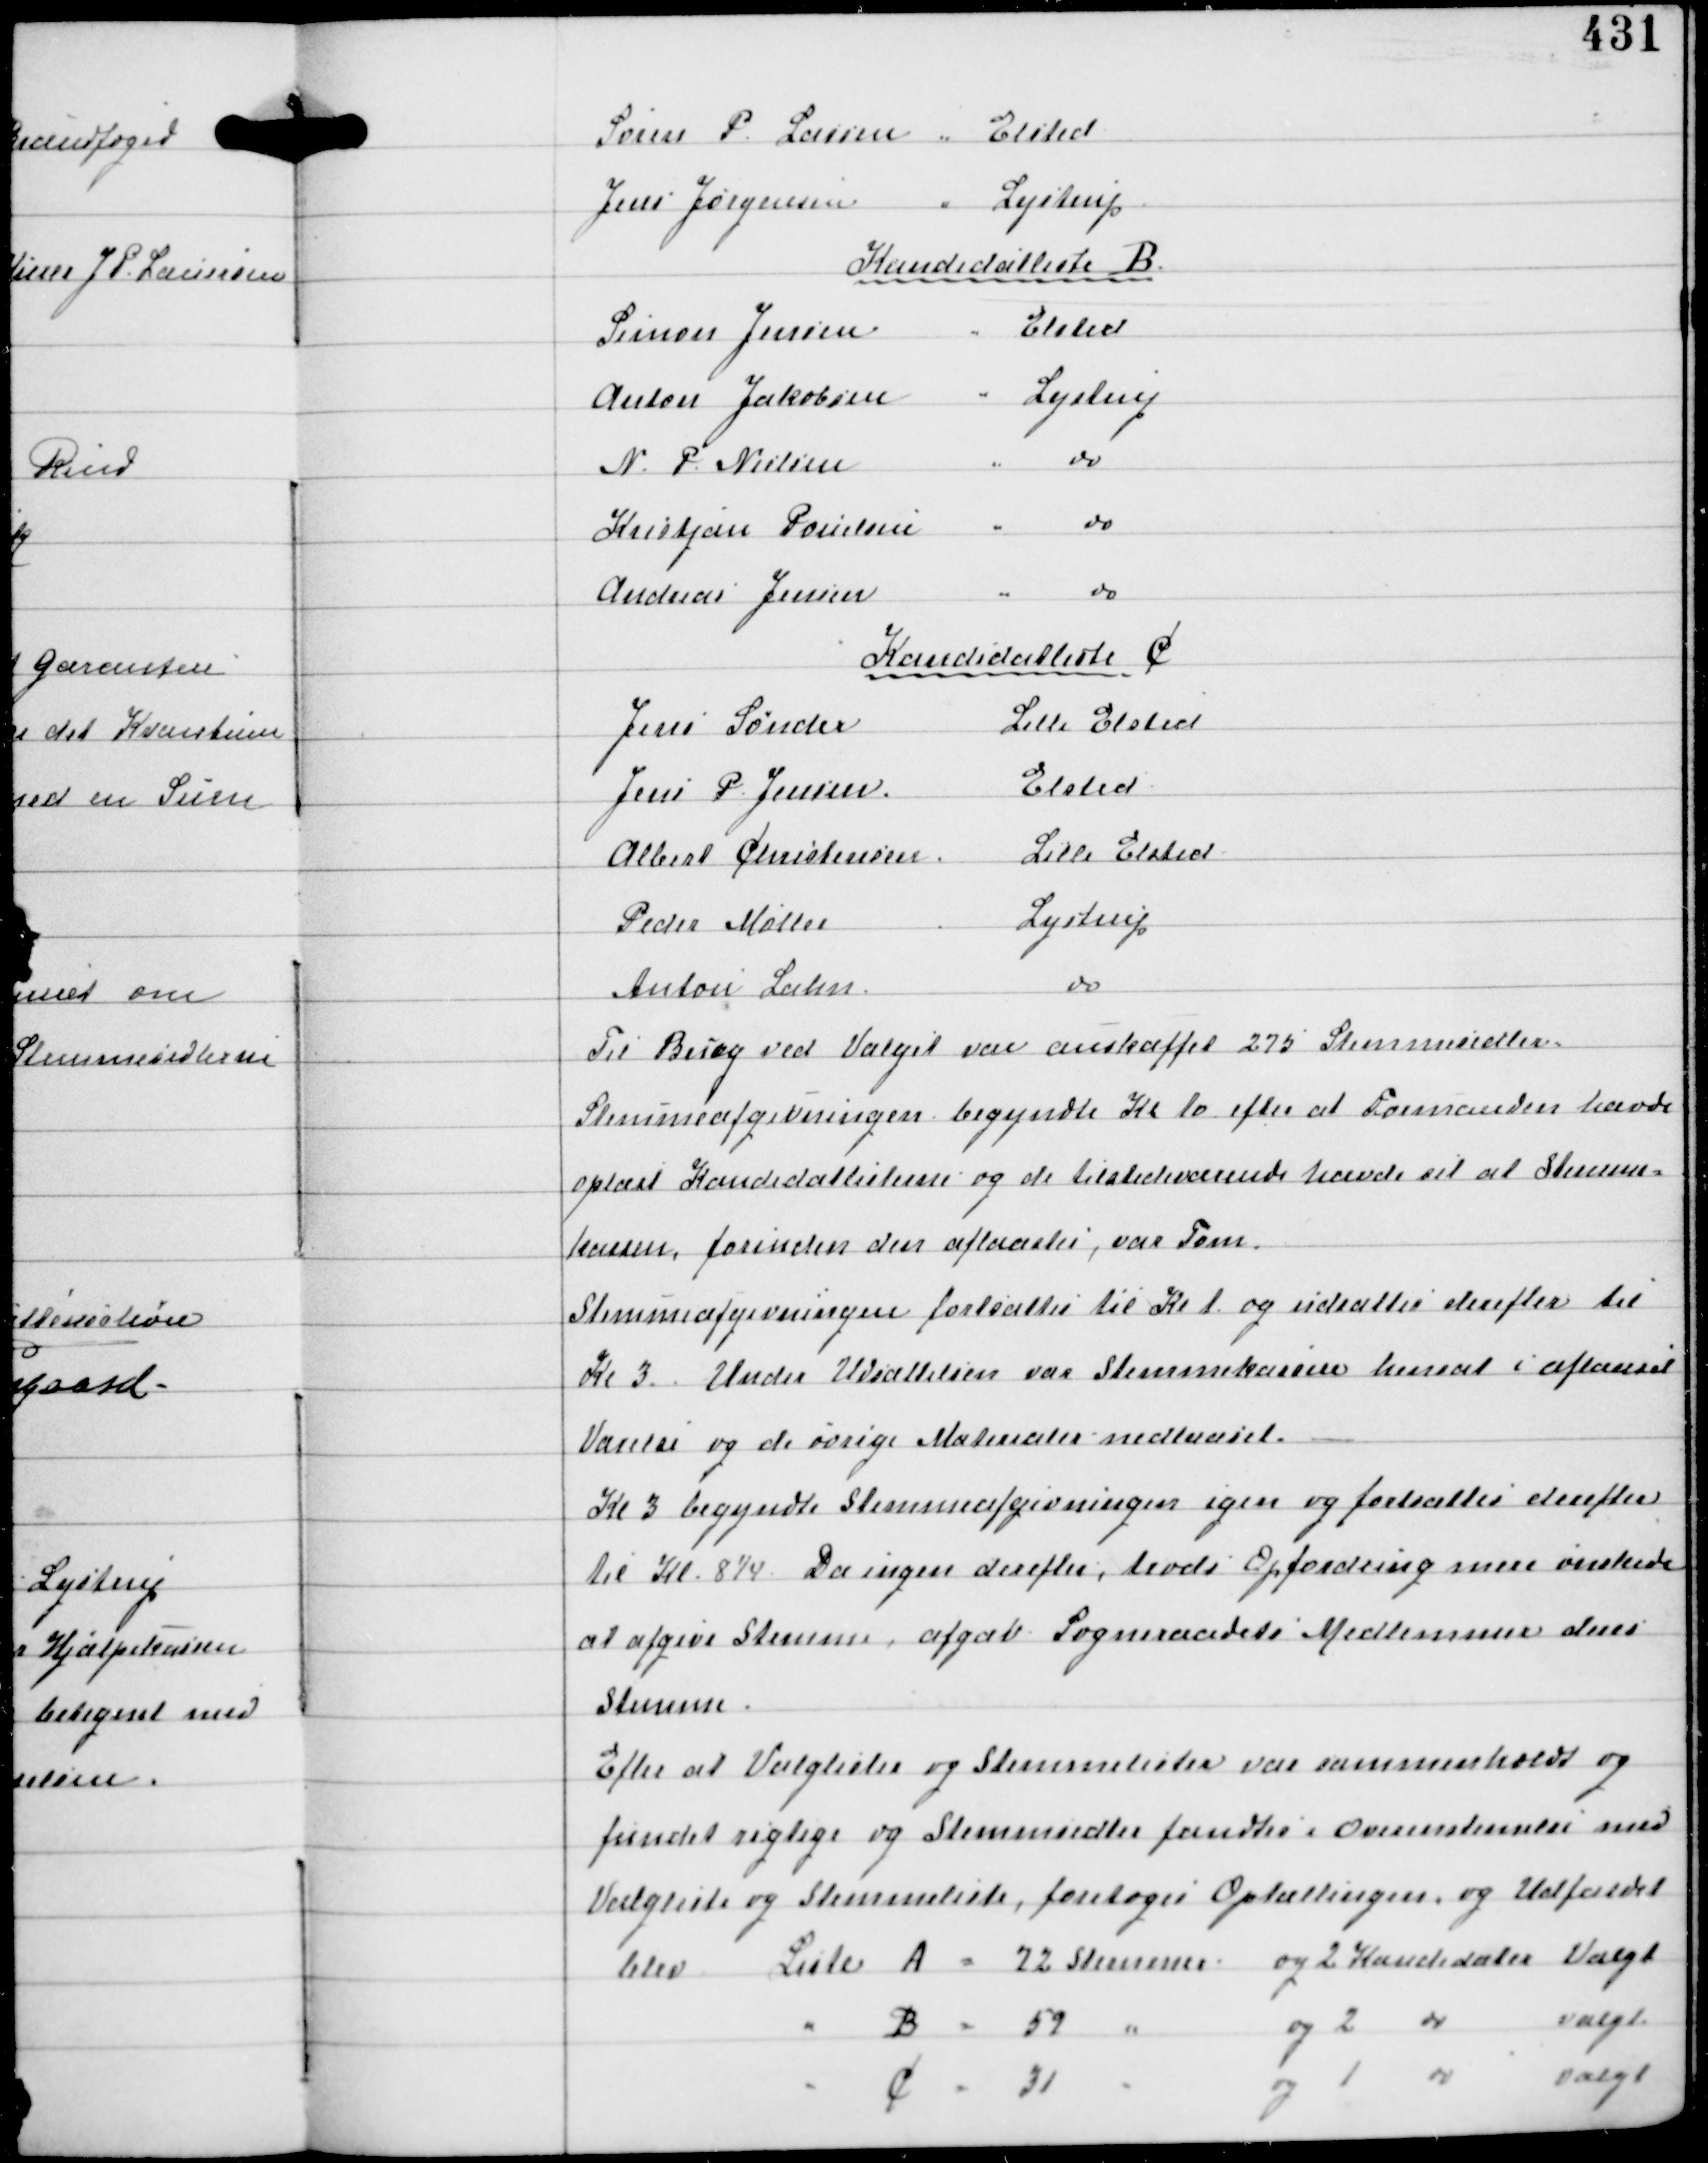
Transskription:
Søren P. Lassen Elsted
Jens Jørgensen Lystrup

Kandidatliste B
Simon Jensen Elsted
Anton Jakobsen Lystrup
N. P. Nielsen
do
Kristjan Poulsen
do
Andreas Jensen
do

Kandidatliste C
Jens Sønder Lille Elsted
Jens P. Jensen Elsted
Albert Christensen Lille Elsted
Peder Møller
Lystrup
Anton Lahn
do

Til Brug ved Valget var anskaffet 275 Stemmesedler
Stemmeafgivningen begyndte Kl 10 efter at Formanden havde
oplæst Kandidatlisterne og de tilstedeværende havde set at Stemme-
kassen, forinden den aflaastes, var Tom.
Stemmeafgivningen fortsatte til Kl 1 og udsattes derefter til
Kl 3. Under Udsættelsen var Stemmekassen hensat i aflaaset
Værelse og de øvrige Materialer nedlaaset.
Kl 3 begyndte Stemmeafgivningen igen og fortsattes derefter
til Kl 8¼. Da ingen derefter, trods Opfordring mere ønskede
at afgive Stemme, afgav Sogneraadets Medlemmer deres
Stemme.

Efter at Valglister og Stemmelister var sammenholdt og
fundet rigtige og Stemmesedler fandtes i Overensstemmelse med
Valglister og Stemmeliste, foretoges Optællingen og Udfaldet
blev Liste A = 72 Stemmer
og 2 Kandidater Valgt
" B = 59 "
og 2 do valgt
" C = 31 "
og 1 do valgt